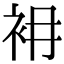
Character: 衻